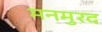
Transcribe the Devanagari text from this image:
मनमुरद